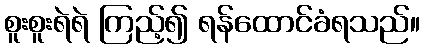
စူးစူးရဲရဲ ကြည့်၍ ရန်ထောင်ခံရသည်။